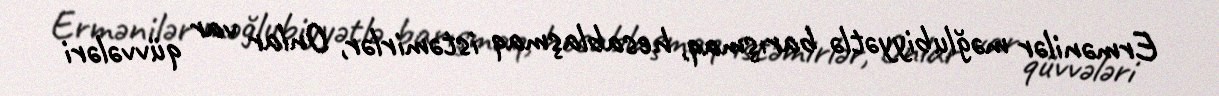
Ermənilər məğlubiyyətlə barışmaq, hesablaşmaq istəmirlər, Onlar var qüvvələri